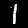
Digit: 1